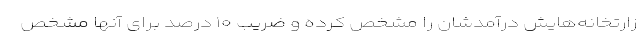
زارتخانه‌هایش درآمدشان را مشخص کرده و ضریب ۱۰ درصد برای آنها مشخص